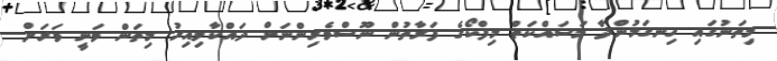
މިތަނުގައި ހިނގަމުންދާ މަސައްކަތް މިފްކޯގެ ފަރާތުން ނޫސްވެރިންނަށް ދައްކާލިއިރު މިތަން ވަނީ ވަރަށް